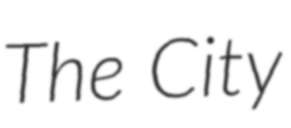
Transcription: The City